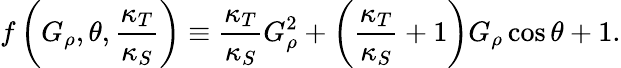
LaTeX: f\left(G_{\rho},\theta,\frac{\kappa_{T}}{\kappa_{S}}\right)\equiv\frac{\kappa_{T}}{\kappa_{S}}G_{\rho}^{2}+\left(\frac{\kappa_{T}}{\kappa_{S}}+1\right)G_{\rho}\cos{\theta}+1.